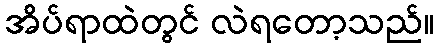
အိပ်ရာထဲတွင် လဲရတော့သည်။